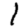
Digit: 1